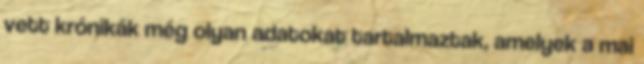
vett krónikák még olyan adatokat tartalmaztak, amelyek a mai